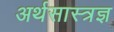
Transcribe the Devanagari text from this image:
अर्थसास्त्रज्ञ